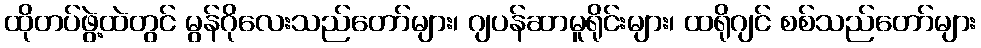
ထိုတပ်ဖွဲ့ထဲတွင် မွန်ဂိုလေးသည်တော်များ၊ ဂျပန်ဆာမူရိုင်းများ၊ ထရိုဂျင် စစ်သည်တော်များ